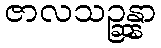
ဇာလသဉ္ဆန္နာ